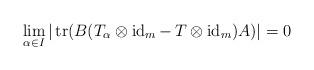
LaTeX: \begin{align*}\lim_{\alpha\in I}|\operatorname{tr}(B(T_\alpha\otimes\operatorname{id}_m-\,T\otimes\operatorname{id}_m)A)|= 0\end{align*}